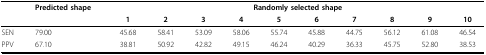
<table><thead><tr><td></td><td><b>Predicted shape</b></td><td colspan="10"><b>Randomly selected shape</b></td></tr><tr><td></td><td></td><td><b>1</b></td><td><b>2</b></td><td><b>3</b></td><td><b>4</b></td><td><b>5</b></td><td><b>6</b></td><td><b>7</b></td><td><b>8</b></td><td><b>9</b></td><td><b>10</b></td></tr></thead><tbody><tr><td>SEN</td><td>79.00</td><td>45.68</td><td>58.41</td><td>53.09</td><td>58.06</td><td>55.74</td><td>45.88</td><td>44.75</td><td>56.12</td><td>61.08</td><td>46.54</td></tr><tr><td>PPV</td><td>67.10</td><td>38.81</td><td>50.92</td><td>42.82</td><td>49.15</td><td>46.24</td><td>40.29</td><td>36.33</td><td>45.75</td><td>52.80</td><td>38.53</td></tr></tbody></table>